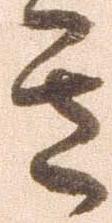
き